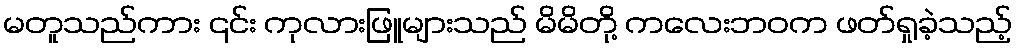
မတူသည်ကား ၎င်း ကုလားဖြူများသည် မိမိတို့ ကလေးဘဝက ဖတ်ရှုခဲ့သည့်